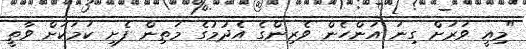
"މިއީ ވަރަށް ގިނަ އަންހެން ވެރިންގެ އެދުމުގެ މަތިން ފެށި ކަމަކަށް ވާތީ